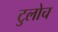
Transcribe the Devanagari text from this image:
टुलोच